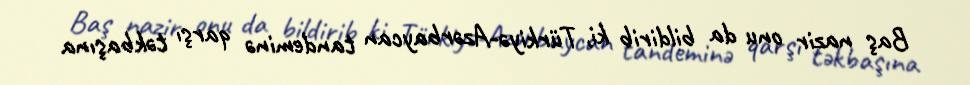
Baş nazir onu da bildirib ki, Türkiyə-Azərbaycan tandeminə qarşı təkbaşına